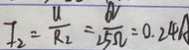
I _ { 2 } = \frac { U } { R _ { 2 } } = \frac { 6 V } { 2 5 \Omega } = 0 . 2 4 A